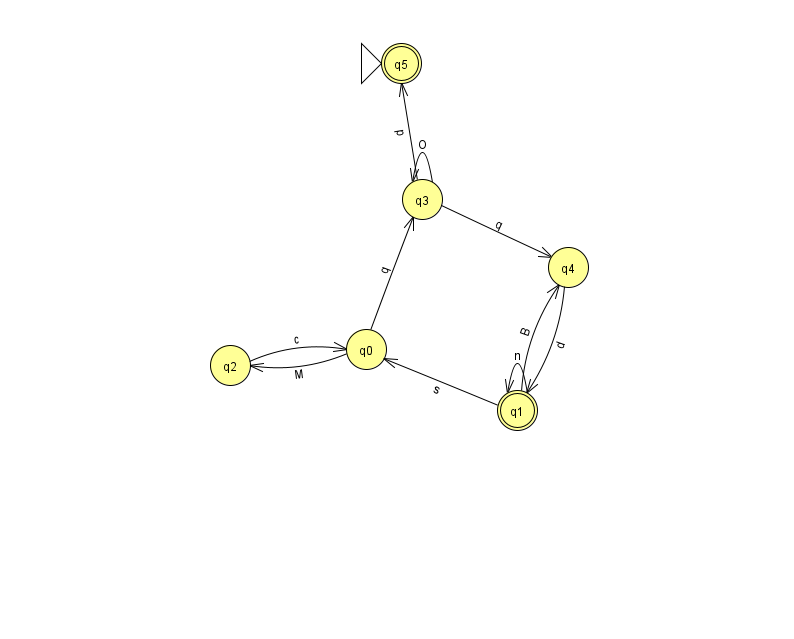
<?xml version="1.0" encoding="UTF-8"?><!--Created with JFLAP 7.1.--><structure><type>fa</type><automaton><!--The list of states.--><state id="0" name="q0"><x>366.0</x><y>336.0</y></state><state id="1" name="q1"><x>517.0</x><y>397.0</y><final/></state><state id="2" name="q2"><x>230.0</x><y>352.0</y></state><state id="3" name="q3"><x>422.0</x><y>186.0</y></state><state id="4" name="q4"><x>568.0</x><y>254.0</y></state><state id="5" name="q5"><x>401.0</x><y>50.0</y><initial/><final/></state><!--The list of transitions.--><transition><from>4</from><to>1</to><read>d</read></transition><transition><from>3</from><to>5</to><read>p</read></transition><transition><from>0</from><to>2</to><read>M</read></transition><transition><from>1</from><to>4</to><read>B</read></transition><transition><from>3</from><to>4</to><read>q</read></transition><transition><from>2</from><to>0</to><read>c</read></transition><transition><from>1</from><to>0</to><read>s</read></transition><transition><from>0</from><to>3</to><read>q</read></transition><transition><from>1</from><to>1</to><read>n</read></transition><transition><from>3</from><to>3</to><read>O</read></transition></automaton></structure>